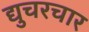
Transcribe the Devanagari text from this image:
द्युचरचार